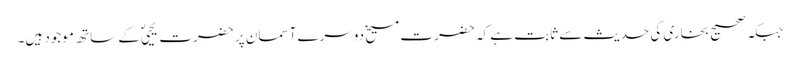
جبکہ صحیح بخاری کی حدیث سے ثابت ہے کہ حضرت مسیحؑ دوسرے آسمان پر حضرت یحییٰؑ کے ساتھ موجود ہیں۔